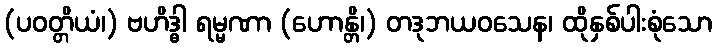
(ပဝတ္တိယံ၊) ဗဟိဒ္ဓါ ရမ္မဏာ (ဟောန္တိ၊) တဒုဘယဝသေန၊ ထိုနှစ်ပါးစုံသော